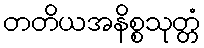
တတိယအနိစ္စသုတ္တံ